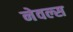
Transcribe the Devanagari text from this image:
नेवल्स